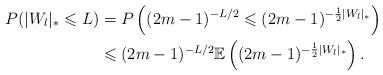
LaTeX: \begin{align*} P(|W_l|_*\leqslant L)&=P\left((2m-1)^{-L/2} \leqslant(2m-1)^{-\frac12|W_l|_*}\right)\\ &\leqslant (2m-1)^{-L/2} \mathbb{E}\left((2m-1)^{-\frac12|W_l|_*}\right).\end{align*}